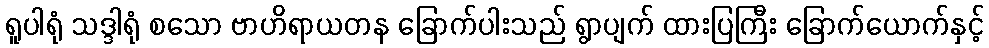
ရူပါရုံ သဒ္ဒါရုံ စသော ဗာဟိရာယတန ခြောက်ပါးသည် ရွာပျက် ထားပြကြီး ခြောက်ယောက်နှင့်